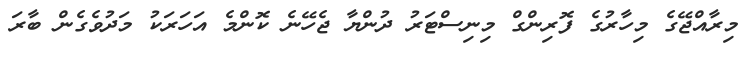
މިރާއްޖޭގެ މިހާރުގެ ފޮރިންގް މިނިސްޓަރު ދުންޔާ ޖެހޭނެ ކޮންމެ އަހަރަކު މަދުވެގެން ބާރަ